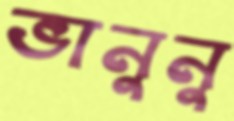
ভানুনু